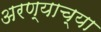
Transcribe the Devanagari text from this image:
अरण्याच्या